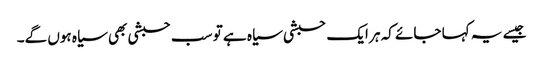
جیسے یہ کہا جائے کہ ہر ایک حبشی سیاہ ہے تو سب حبشی بھی سیاہ ہوں گے۔